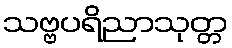
သဗ္ဗပရိညာသုတ္တ